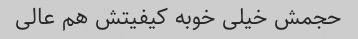
حجمش خیلی خوبه کیفیتش هم عالی